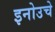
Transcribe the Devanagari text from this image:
इनोउचे